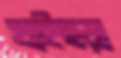
খাইছড়া